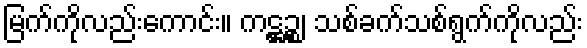
မြက်ကိုလည်းကောင်း။ ကဋ္ဌဉ္စ၊ သစ်ခက်သစ်ရွက်ကိုလည်း